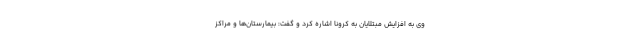
وی به افزایش مبتلایان به کرونا اشاره کرد و گفت: بیمارستان‌ها و مراکز